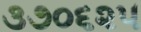
૩૭૦૬૨૫